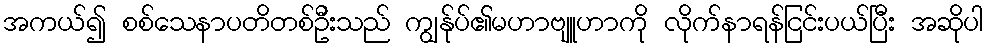
အကယ်၍ စစ်သေနာပတိတစ်ဦးသည် ကျွန်ုပ်၏မဟာဗျူဟာကို လိုက်နာရန်ငြင်းပယ်ပြီး အဆိုပါ